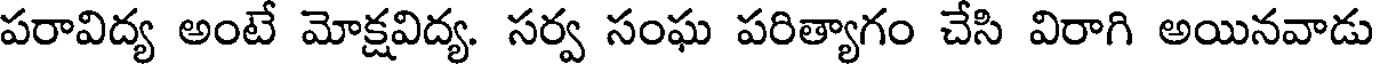
పరావిద్య అంటే మోక్షవిద్య. సర్వ సంఘ పరిత్యాగం చేసి విరాగి అయినవాడు